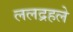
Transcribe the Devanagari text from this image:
ललद्रहले